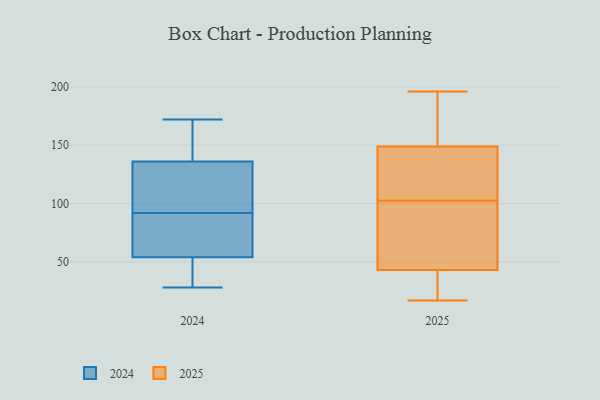
{"axis": {"x": "Tickets Resolved", "y": "Value"}, "legend": ["2024", "2025"], "data": [{"x": "", "y": 45, "type": "2024"}, {"x": "", "y": 34, "type": "2024"}, {"x": "", "y": 136, "type": "2024"}, {"x": "", "y": 143, "type": "2024"}, {"x": "", "y": 100, "type": "2024"}, {"x": "", "y": 83, "type": "2024"}, {"x": "", "y": 84, "type": "2024"}, {"x": "", "y": 172, "type": "2024"}, {"x": "", "y": 147, "type": "2024"}, {"x": "", "y": 28, "type": "2024"}, {"x": "", "y": 102, "type": "2024"}, {"x": "", "y": 70, "type": "2024"}, {"x": "", "y": 108, "type": "2024"}, {"x": "", "y": 54, "type": "2024"}, {"x": "", "y": 147, "type": "2025"}, {"x": "", "y": 111, "type": "2025"}, {"x": "", "y": 151, "type": "2025"}, {"x": "", "y": 94, "type": "2025"}, {"x": "", "y": 191, "type": "2025"}, {"x": "", "y": 91, "type": "2025"}, {"x": "", "y": 17, "type": "2025"}, {"x": "", "y": 32, "type": "2025"}, {"x": "", "y": 86, "type": "2025"}, {"x": "", "y": 32, "type": "2025"}, {"x": "", "y": 43, "type": "2025"}, {"x": "", "y": 196, "type": "2025"}, {"x": "", "y": 136, "type": "2025"}, {"x": "", "y": 149, "type": "2025"}]}